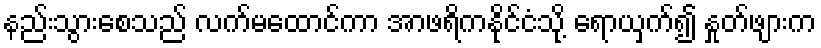
နည်းသွားစေသည် လက်မထောင်ကာ အာဖရိကနိုင်ငံသို့ ရောယှက်၍ နှုတ်ဖျားက